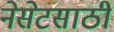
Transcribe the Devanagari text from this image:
नेसेटसाठी